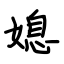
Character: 媳